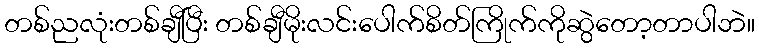
တစ်ညလုံးတစ်ချီပြီး တစ်ချီမိုးလင်းပေါက်စိတ်ကြိုက်ကိုဆွဲတော့တာပါဘဲ။